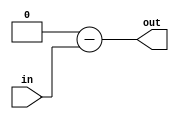
module TC_Neg (in, out);
    parameter UUID = 0;
    parameter NAME = "";
    parameter BIT_WIDTH = 1;
    input [BIT_WIDTH-1:0] in;
    output [BIT_WIDTH-1:0] out;

    assign out = {BIT_WIDTH{1'b0}} - in;
endmodule